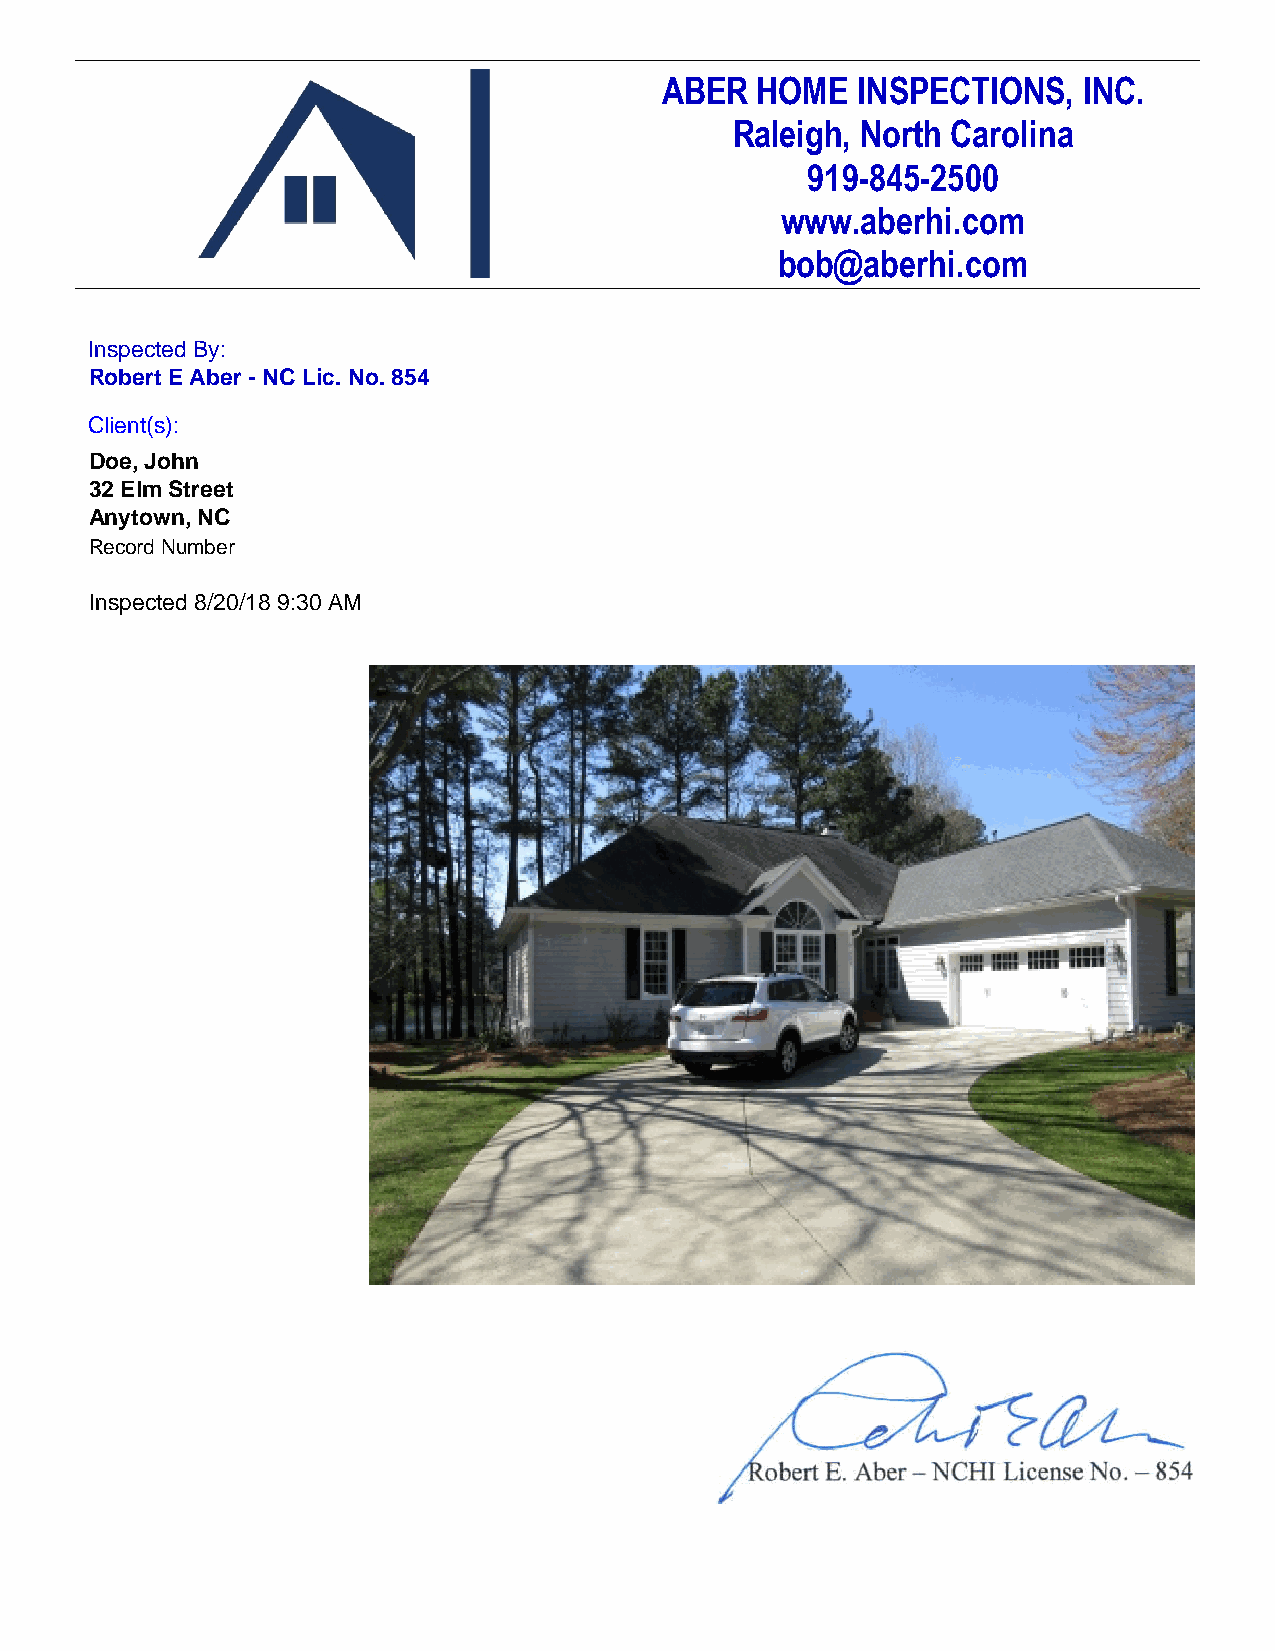
ABER  HOME   INSPECTIONS,   INC.
 Raleigh, North Carolina
 919-845-2500
 www.aberhi.com
 bob@aberhi.com
 Inspected By:
 Robert E Aber - NC Lic. No. 854
 Client(s):
 Doe, John
 32 Elm Street
 Anytown, NC
 Record Number
 Inspected 8/20/18 9:30 AM